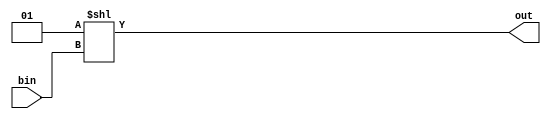

module binToHot#(parameter BIN_W = 4, parameter ONE_HOT_W = 16)(bin, out);
   
    input [BIN_W-1:0] bin;
    output [ONE_HOT_W-1:0] out;
    assign out = 1 << bin;

endmodule